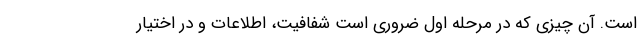
است. آن چیزی که در مرحله اول ضروری است شفافیت، اطلاعات و در اختیار